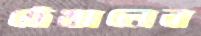
ঠেঙালেন